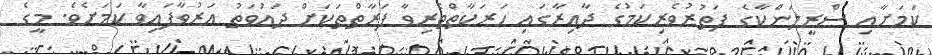
ކަމަށާއި ސްރީލަންކާގެ ފަތުރުވެރިކަމުގެ ދާއިރާގައި ހަރަކާތްތެރިވާ ފަރާތްތަކަށް ދައުވަތު އަރުވާފައިވާ ކަމަށެވެ. މީގެ